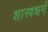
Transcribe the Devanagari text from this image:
शास्त्रधर्म